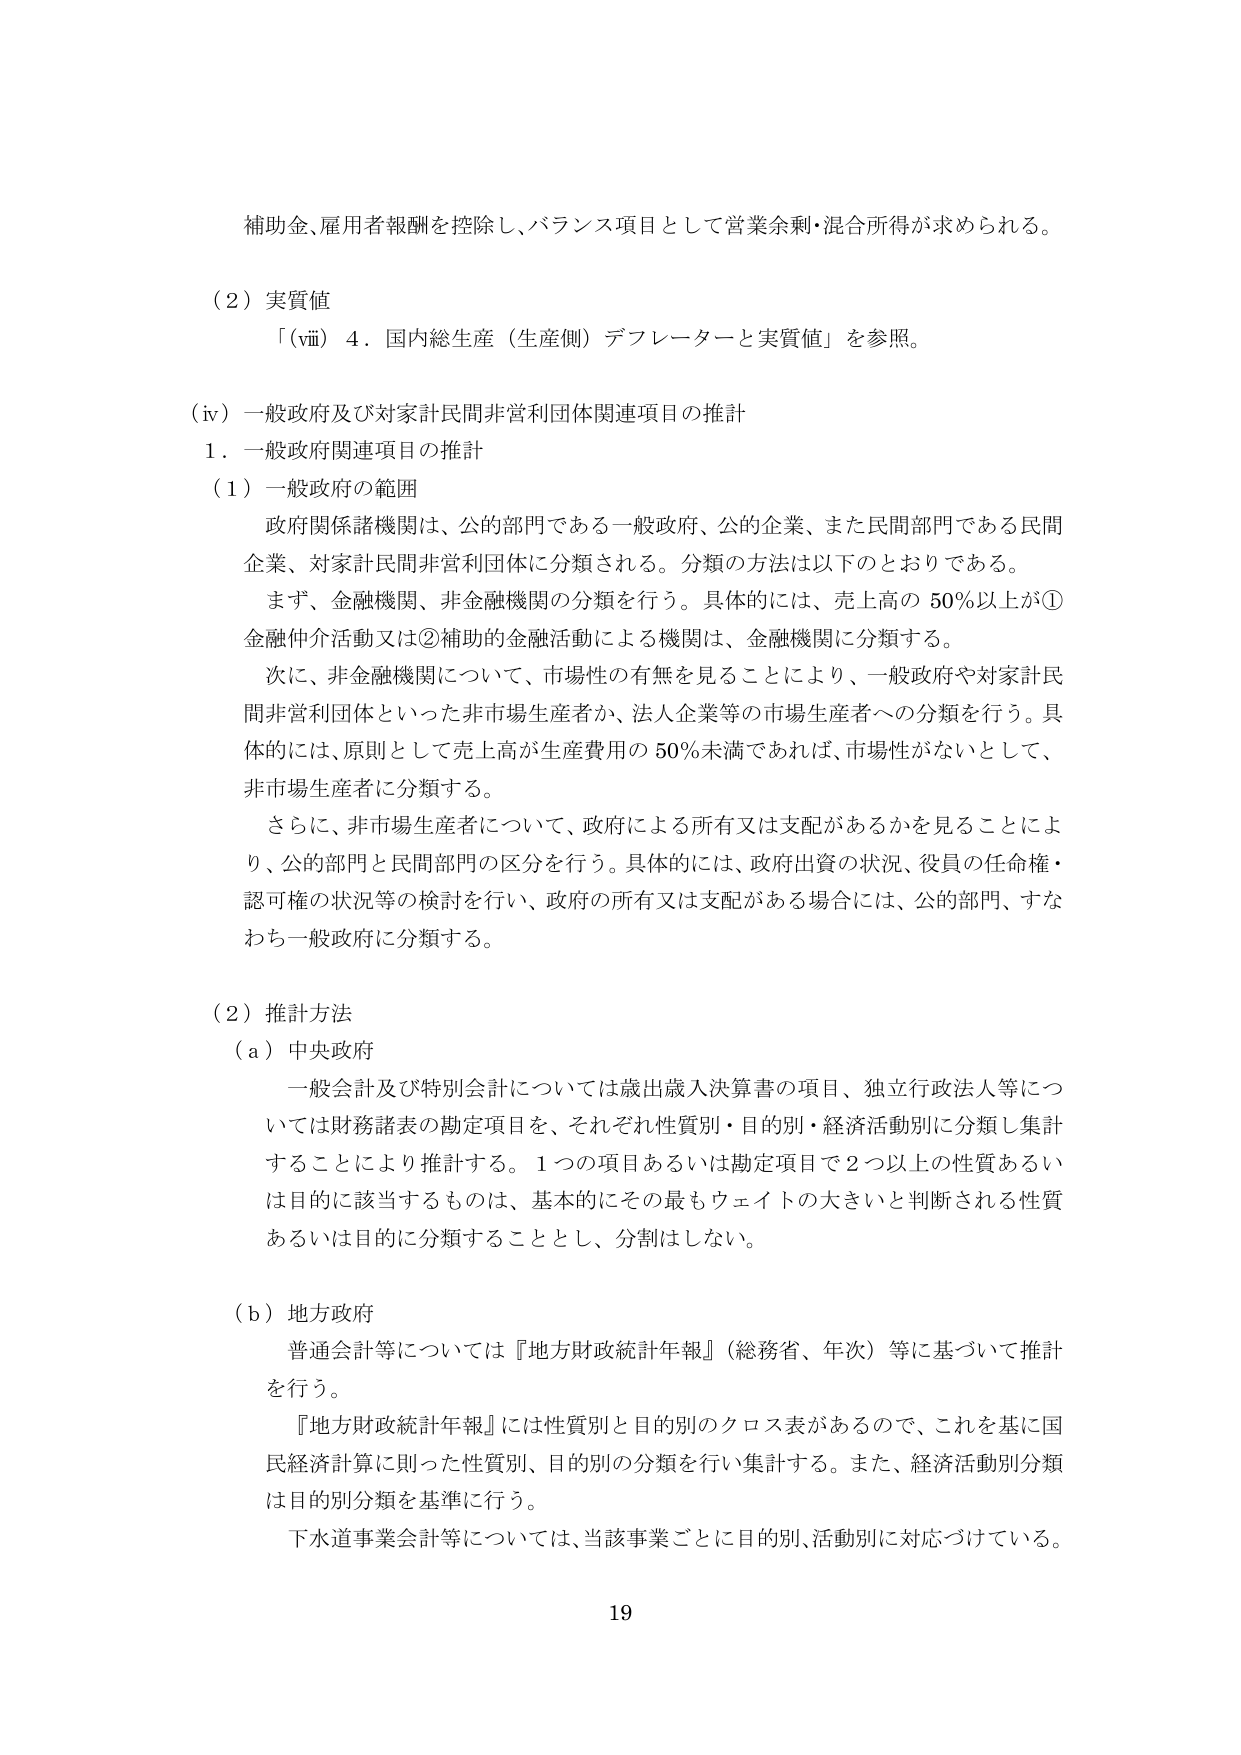
補助金、雇用者報酬を控除し、バランス項目として営業余剰・混合所得が求められる。

（２）実質値
「（ⅵⅲ）４．国内総生産（生産側）デフレーターと実質値」を参照。

（ⅳ）一般政府及び対家計民間非営利団体関連項目の推計
１．一般政府関連項目の推計
（１）一般政府の範囲
政府関係諸機関は、公的部門である一般政府、公的企業、また民間部門である民間企業、対家計民間非営利団体に分類される。分類の方法は以下のとおりである。
まず、金融機関、非金融機関の分類を行う。具体的には、売上高の50％以上が①金融仲介活動又は②補助的金融活動による機関は、金融機関に分類する。
次に、非金融機関について、市場性の有無を見ることにより、一般政府や対家計民間非営利団体といった非市場生産者か、法人企業等の市場生産者への分類を行う。具体的には、原則として売上高が生産費用の50％未満であれば、市場性がないとして、非市場生産者に分類する。
さらに、非市場生産者について、政府による所有又は支配があるかを見ることにより、公的部門と民間部門の区分を行う。具体的には、政府出資の状況、役員の任命権・認可権の状況等の検討を行い、政府の所有又は支配がある場合には、公的部門、すなわち一般政府に分類する。

（２）推計方法
（ａ）中央政府
一般会計及び特別会計については歳出歳入決算書の項目、独立行政法人等については財務諸表の勘定項目を、それぞれ性質別・目的別・経済活動別に分類し集計することにより推計する。１つの項目あるいは勘定項目で２つ以上の性質あるいは目的に該当するものは、基本的にその最もウェイトの大きいと判断される性質あるいは目的に分類することとし、分割はしない。

（ｂ）地方政府
普通会計等については『地方財政統計年報』（総務省、年次）等に基づいて推計を行う。
『地方財政統計年報』には性質別と目的別のクロス表があるので、これを基に国民経済計算に則った性質別、目的別の分類を行い集計する。また、経済活動別分類は目的別分類を基準に行う。
下水道事業会計等については、当該事業ごとに目的別、活動別に対応づけている。

19